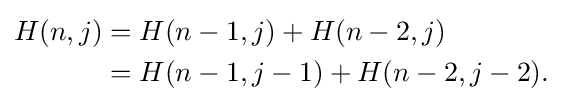
{\begin{aligned}H(n,j)&=H(n-1,j)+H(n-2,j)\\&=H(n-1,j-1)+H(n-2,j-2).\end{aligned}}